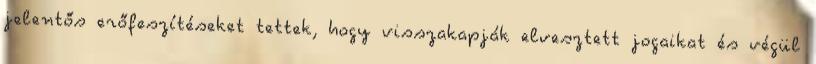
jelentős erőfeszítéseket tettek, hogy visszakapják elvesztett jogaikat és végül